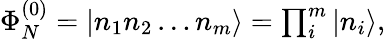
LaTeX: \begin{array}{r}{\Phi_{N}^{(0)}=|n_{1}n_{2}\dots n_{m}\rangle=\prod_{i}^{m}|n_{i}\rangle,}\end{array}